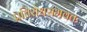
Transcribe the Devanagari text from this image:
प्रतिरोधसंभवतः